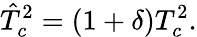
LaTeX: \hat{T}_{c}^{2}=(1+\delta)T_{c}^{2}.